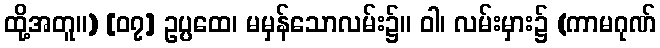
ထို့အတူ။) [၀၇] ဥပ္ပထေ၊ မမှန်သောလမ်း၌။ ဝါ၊ လမ်းမှား၌ (ကာမဂုဏ်